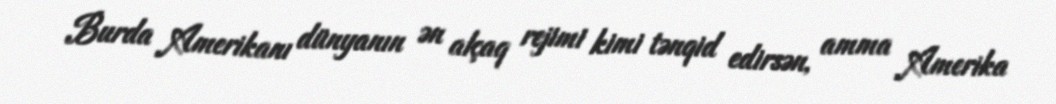
Burda Amerikanı dünyanın ən alçaq rejimi kimi tənqid edirsən, amma Amerika